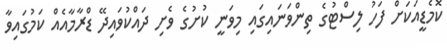
ކޮމެޑީއަކަށް ފަހު ލިސްޓުގެ ތިންވަނައިގައި މިވަނީ ކުށުގެ ވެށި ދައްކުވައިދޭ ޑްރާމާއެއް ކަމުގައިވާ